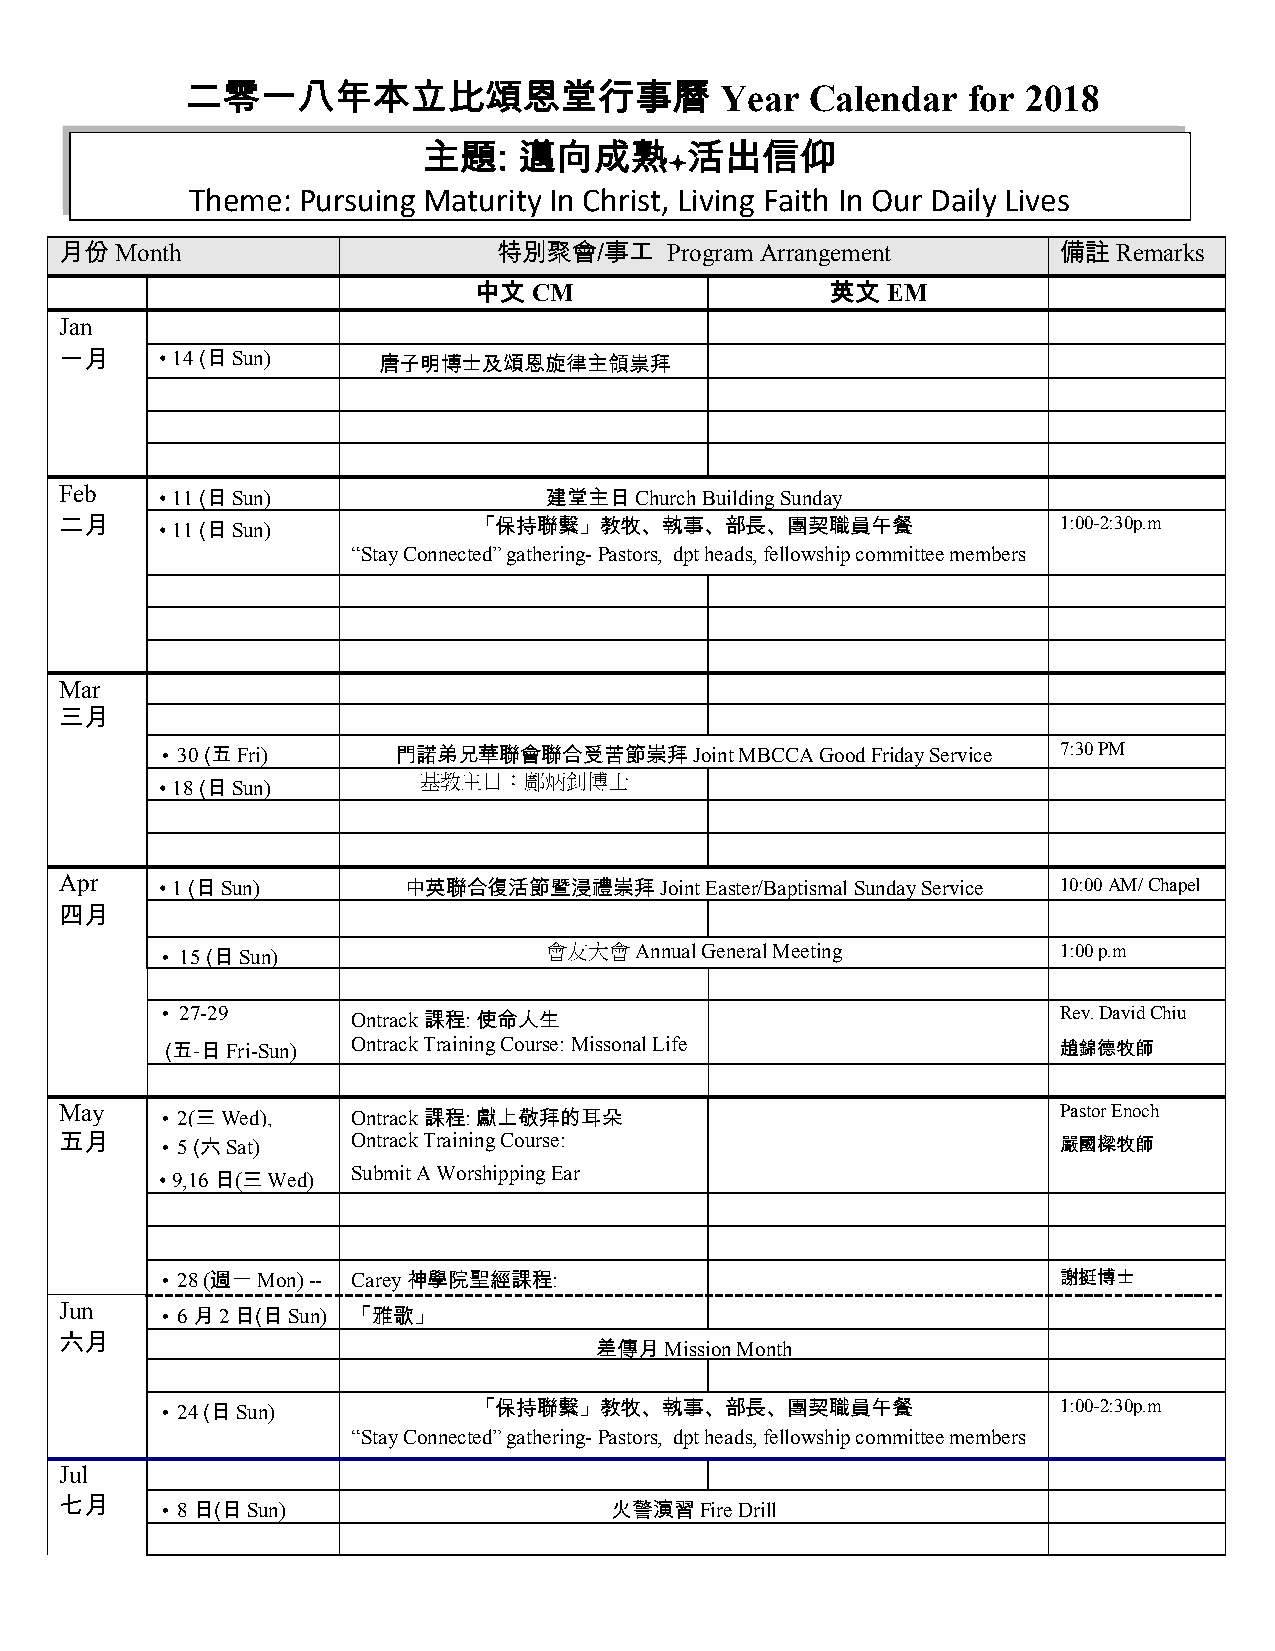
二零一八年本立比頌恩堂行事曆                      Year  Calendar  for 2018
 主題:   邁向成熟       活出信仰
 ò
 Theme:  Pursuing Maturity In Christ, Living Faith In Our Daily Lives
 月份Month                      特別聚會/事工    Program Arrangement       備註  Remarks
 中文  CM                  英文  EM
 Jan
 一月     • 14 (日Sun)   唐子明博士及頌恩旋律主領祟拜
 Feb    • 11 (日Sun)              建堂主日Church Building Sunday
 二月     • 11 (日Sun)         「保持聯繫」教牧、執事、部長、團契職員午餐                  1:00-2:30p.m
 “Stay Connected” gathering- Pastors, dpt heads, fellowship committee members
 Mar
 三月
 • 30 (五Fri)    門諾弟兄華聯會聯合受苦節崇拜Joint    MBCCA Good Friday Service 7:30 PM
 • 18 (日Sun)
 基教主日：鄺炳釗博士
 Apr    • 1 (日Sun)      中英聯合復活節暨浸禮崇拜Joint   Easter/Baptismal Sunday Service 10:00 AM/ Chapel
 四月
 • 15 (日Sun)              會友大會Annual General Meeting        1:00 p.m
 • 27-29     Ontrack 課程: 使命人生                               Rev. David Chiu
 Ontrack Training Course: Missonal Life
 (五-日Fri-Sun)                                               趙錦德牧師
 May    • 2(三Wed),  Ontrack 課程: 獻上敬拜的耳朵                            Pastor Enoch
 五月     • 5 (六 Sat) Ontrack Training Course:                       嚴國樑牧師
 • 9,16日(三Wed)
 Submit A Worshipping Ear
 • 28 (週一 Mon) -- Carey 神學院聖經課程:                            謝挺博士
 Jun
 • 6月2日(日Sun) 「雅歌」
 六月
 差傳月Mission Month
 • 24 (日Sun)         「保持聯繫」教牧、執事、部長、團契職員午餐                  1:00-2:30p.m
 “Stay Connected” gathering- Pastors, dpt heads, fellowship committee members
 Jul
 七月     • 8日(日Sun)                   火警演習Fire Drill